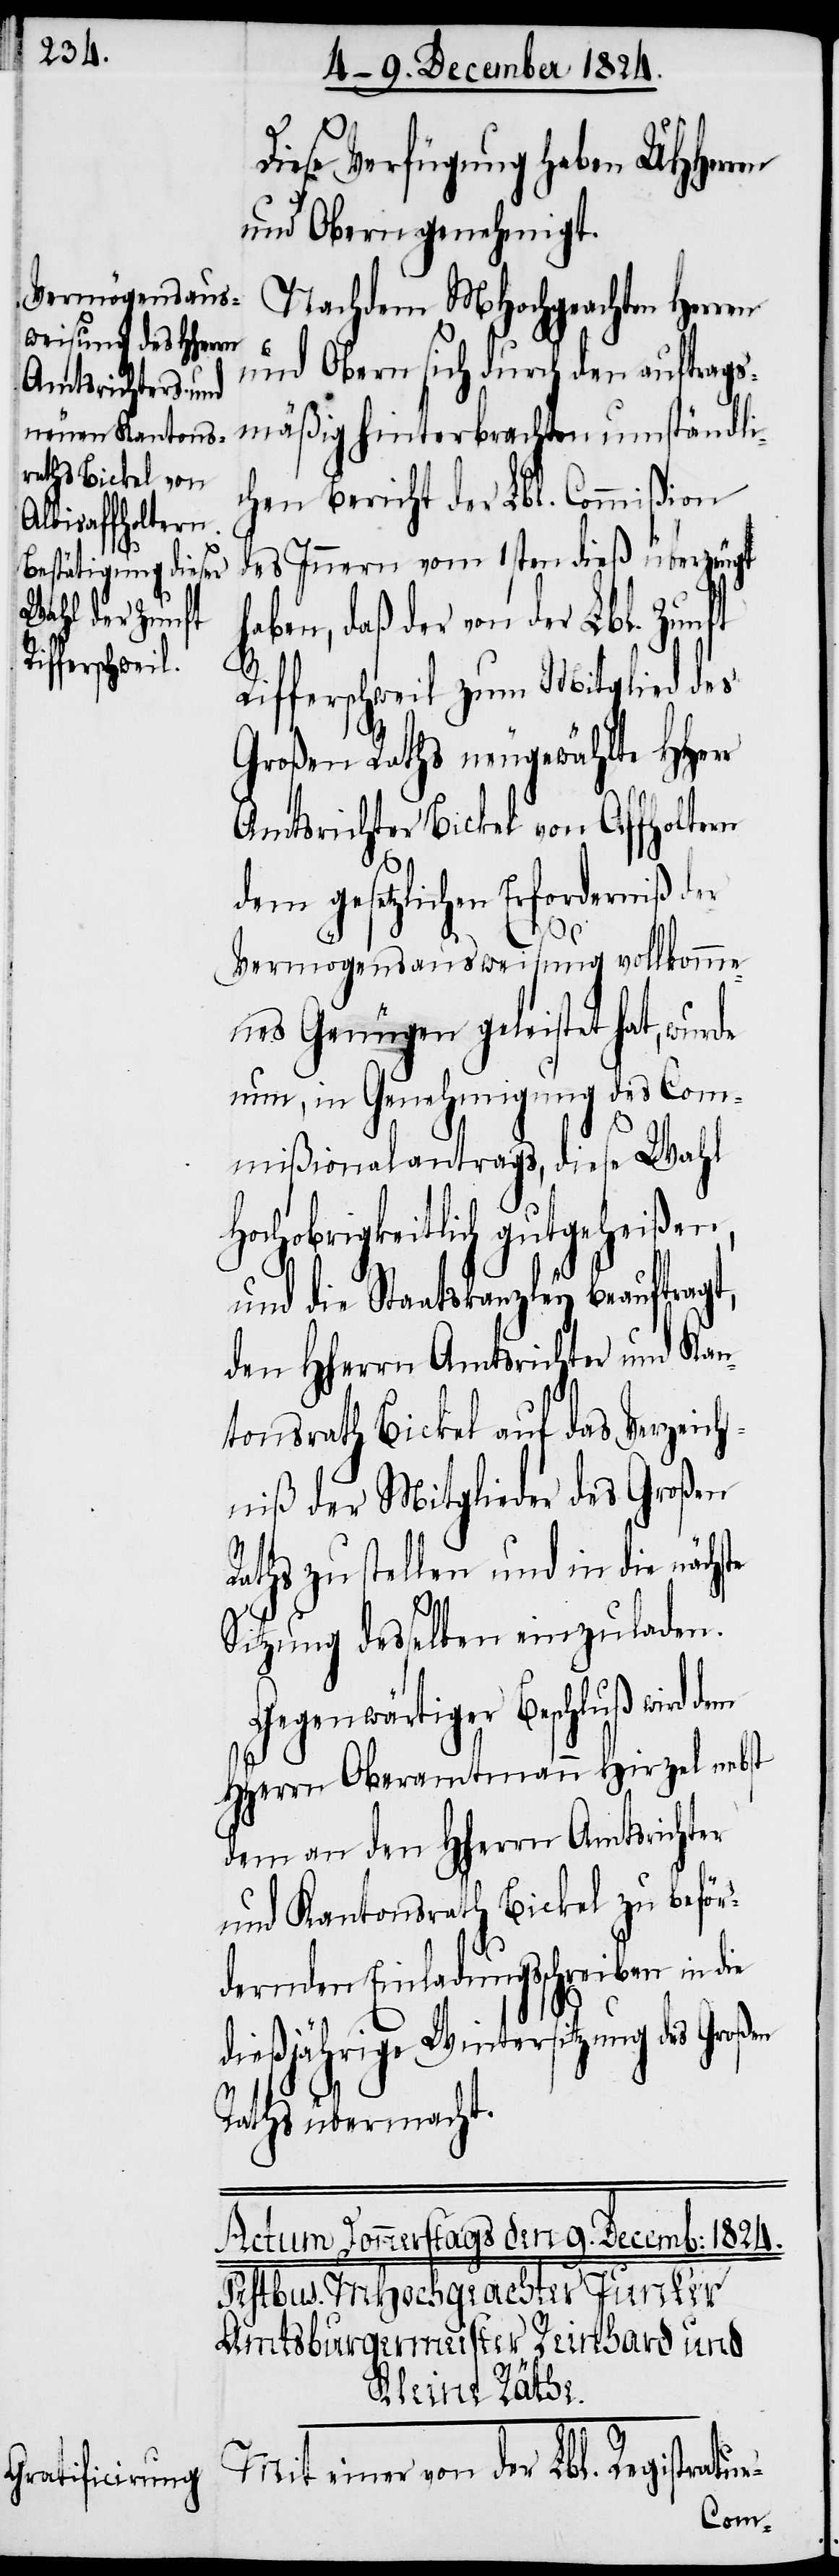
Diese Verfügung haben UHHerren
und Obern genehmigt.
Nachdem MHochgeachten Herren
und Obern sich durch den auftrags¬
mäßig hinterbrachten umständli¬
chen Bericht der Lbl. Commißion
des Innern vom 1sten dieß überzeugt
aben, daß der von der Lbl. Zunft
te
Rifferschweil zum Mitglied des
Großen Raths neugewählte HHerr
Amtsrichter Bickel von Affholtern
dem gesetzlichen Erforderniß der
Vermögensausweisung vollkomme¬
nes Genügen geleistet hat, wurde
nun, in Genehmigung des Com¬
mißionalantrags, diese Wahl
Hochobrigkeitlich gutgeheißen,
und die Staatskanzley beauftragt,
den HHerrn Amtsrichter und Kan¬
tonsrath Bickel auf das Verzeich¬
niß der Mitglieder des Großen
Raths zu stellen und in die nächs¬
Sitzung desselben einzuladen.
Gegenwärtiger Beschluß wird dem
HHerrn Oberamtmann Hirzel nebst
dem an den HHerrn Amtsrichter
und Kantonsrath Bickel zu beför¬
dernden Einladungsschreiben in die
dießjährige Wintersitzung des Großen
Raths übermacht.
Mit einer von der Lbl. Registratur-